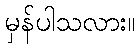
မှန်ပါသလား။